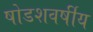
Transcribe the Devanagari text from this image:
षोडशवर्षीय